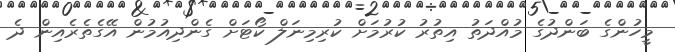
މީހުންގެ ބަންދުގެ މުއްދަތު އިތުރު ކުރުމަށް ކުރިމިނަލް ކޯޓަށް ގެންދިއުމުން އޭގެތެރެއިން ދެ